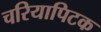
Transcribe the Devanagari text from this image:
चरियापिटक